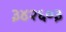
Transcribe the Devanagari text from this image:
३४२६०३